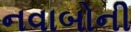
નવાબોની